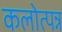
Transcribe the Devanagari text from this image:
कलोत्पन्न